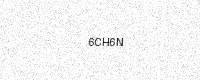
Text: 6CH6N